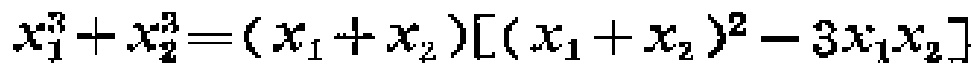
\(x_{1}^{3}+x_{2}^{3}=(x_{1}+x_{2})[(x_{1}+x_{2})^{2}-3x_{1}x_{2}]\)